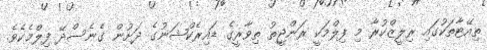
ތިއޭޓާތަކުގައި ރިލީޒްކުރާ މި ފިލްމަކީ ރަންޖީތު ތިވާރީގެ ޑައިރެކްޝަނުގެ ދަށުން ގެނެސްދޭ ފިލްމެކެވެ.